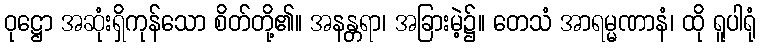
ဝုဋ္ဌော အဆုံးရှိကုန်သော စိတ်တို့၏။ အနန္တရာ၊ အခြားမဲ့၌။ တေသံ အာရမ္မဏာနံ၊ ထို ရူပါရုံ